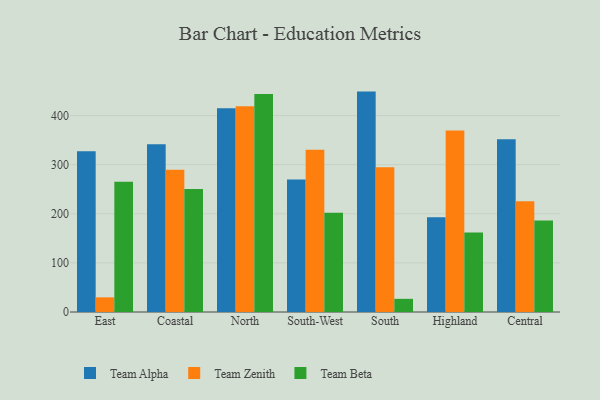
{"axis": {"x": "Region", "y": "Satisfaction Score"}, "legend": ["Team Alpha", "Team Beta", "Team Zenith"], "data": [{"x": "East", "y": 327.1, "type": "Team Alpha"}, {"x": "East", "y": 29.8, "type": "Team Zenith"}, {"x": "East", "y": 265.2, "type": "Team Beta"}, {"x": "Coastal", "y": 341.7, "type": "Team Alpha"}, {"x": "Coastal", "y": 289.9, "type": "Team Zenith"}, {"x": "Coastal", "y": 250.6, "type": "Team Beta"}, {"x": "North", "y": 415.1, "type": "Team Alpha"}, {"x": "North", "y": 419.0, "type": "Team Zenith"}, {"x": "North", "y": 444.0, "type": "Team Beta"}, {"x": "South-West", "y": 269.7, "type": "Team Alpha"}, {"x": "South-West", "y": 330.4, "type": "Team Zenith"}, {"x": "South-West", "y": 202.0, "type": "Team Beta"}, {"x": "South", "y": 448.8, "type": "Team Alpha"}, {"x": "South", "y": 294.6, "type": "Team Zenith"}, {"x": "South", "y": 26.8, "type": "Team Beta"}, {"x": "Highland", "y": 192.8, "type": "Team Alpha"}, {"x": "Highland", "y": 369.5, "type": "Team Zenith"}, {"x": "Highland", "y": 162.0, "type": "Team Beta"}, {"x": "Central", "y": 352.0, "type": "Team Alpha"}, {"x": "Central", "y": 225.5, "type": "Team Zenith"}, {"x": "Central", "y": 186.4, "type": "Team Beta"}]}